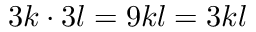
3 k \cdot 3 l = 9 k l = 3 k l